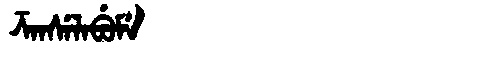
Manchu: ᡯᠠᠨᠰᡝᠯᠠᠪᡠᠮᡝ
Romanization: DZANSELABUME